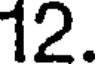
12.